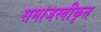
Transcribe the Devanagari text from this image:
समाजस्वीकृत